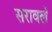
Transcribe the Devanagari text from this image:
सरावले